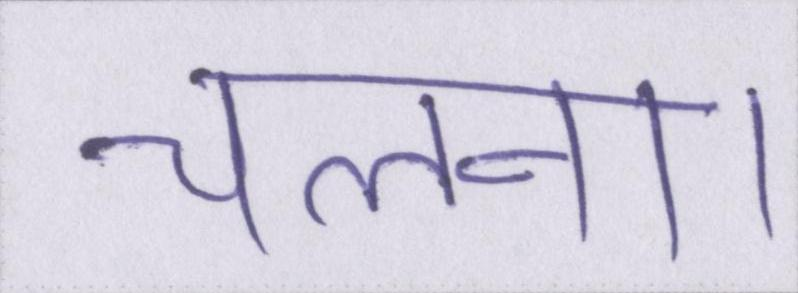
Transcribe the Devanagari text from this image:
चलना।